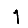
Digit: 1